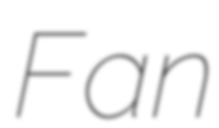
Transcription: Fan